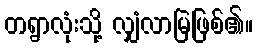
တရွာလုံးသို့ လျှံလာမြဲဖြစ်၏။